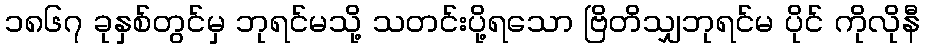
၁၈၆၇ ခုနှစ်တွင်မှ ဘုရင်မသို့ သတင်းပို့ရသော ဗြိတိသျှဘုရင်မ ပိုင် ကိုလိုနီ